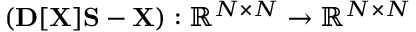
( { \bf D } [ { \bf X } ] { \bf S } - { \bf X } ) : { \mathbb R } ^ { N \times N } \rightarrow { \mathbb R } ^ { N \times N }